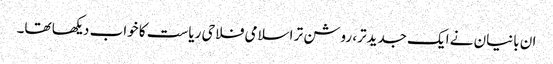
ان بانیان نے ایک جدیدتر، روشن تر اسلامی فلاحی ریاست کا خواب دیکھا تھا۔